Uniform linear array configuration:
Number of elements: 16
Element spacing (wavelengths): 0.25
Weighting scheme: exponential
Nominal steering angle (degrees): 0
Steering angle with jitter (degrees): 0.2259
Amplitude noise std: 0.05
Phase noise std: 0.05

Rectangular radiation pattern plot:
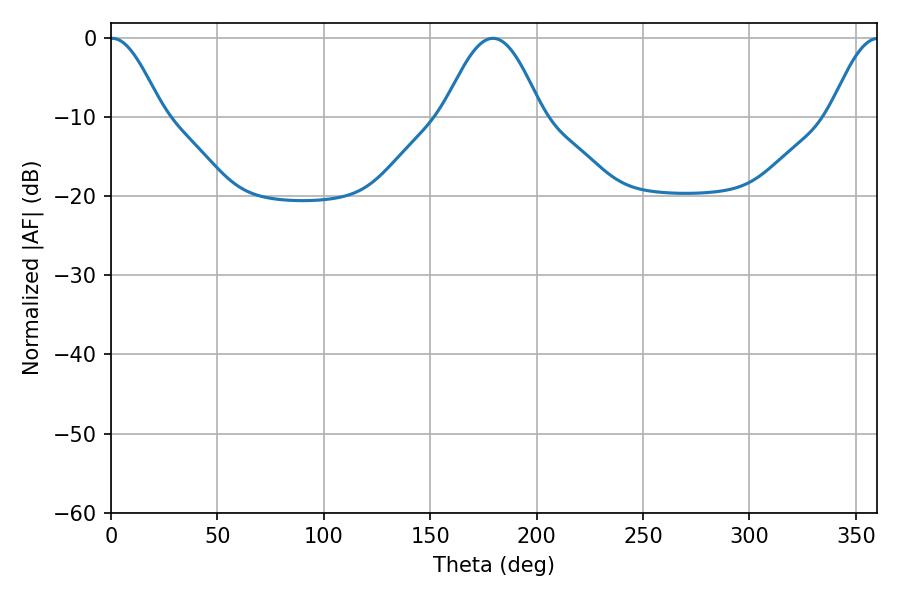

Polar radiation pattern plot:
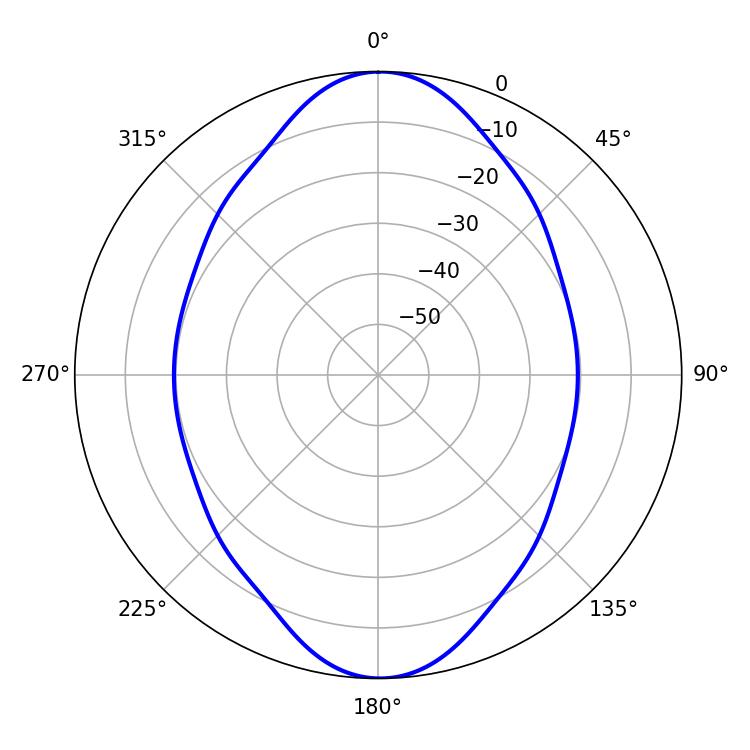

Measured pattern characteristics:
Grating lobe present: FALSE
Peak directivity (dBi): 22.769
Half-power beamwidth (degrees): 13.14
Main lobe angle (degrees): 0.54